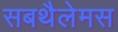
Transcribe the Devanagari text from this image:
सबथैलेमस